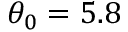
\theta _ { 0 } = 5 . 8